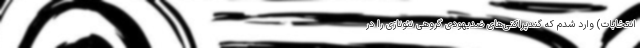
انتخابات) وارد شدم که گند‌پراکنی‌های ضدیهودی گروهی نئونازی را در